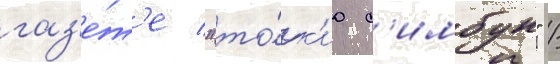
газ'е́т'е "то́к'ио с'имбун" /